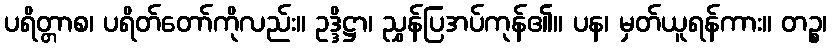
ပရိတ္တာစ၊ ပရိတ်တော်ကိုလည်း။ ဥဒ္ဒိဋ္ဌာ၊ ညွှန်ပြအပ်ကုန်၏။ ပန၊ မှတ်ယူရန်ကား။ တဉ္စ၊